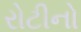
રોટીનો